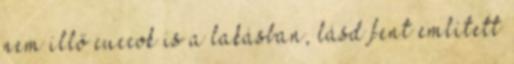
nem illő cuccok is a lakásban, lásd fent említett